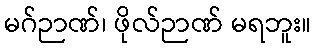
မဂ်ဉာဏ်၊ ဖိုလ်ဉာဏ် မရဘူး။